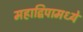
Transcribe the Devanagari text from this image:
महाद्विपामध्ये